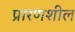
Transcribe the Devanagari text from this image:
प्रारणशील